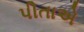
પીતાએ